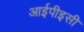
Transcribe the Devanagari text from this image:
आईपीइसी